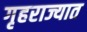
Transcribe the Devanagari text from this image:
गृहराज्यात